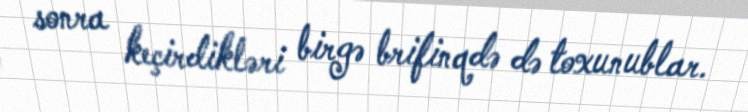
sonra keçirdikləri birgə brifinqdə də toxunublar.